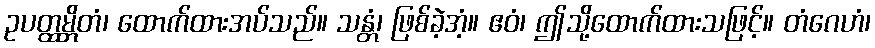
ဥပတ္ထမ္ဘိတံ၊ ထောက်ထားအပ်သည်။ သန္တံ၊ ဖြစ်ခဲ့အံ့။ ဧဝံ၊ ဤသို့ထောက်ထားသဖြင့်။ တံဂေဟံ၊